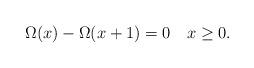
LaTeX: \begin{align*}\Omega(x)-\Omega(x+1)=0\quad x\ge 0.\end{align*}